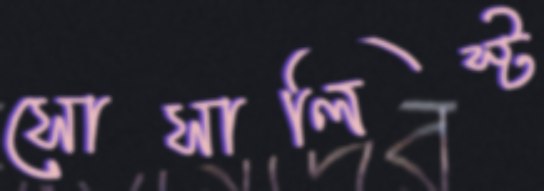
সোসালিস্ট